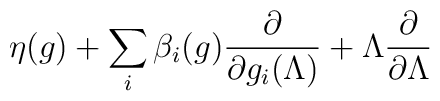
\eta(g)+\sum_i\beta_i(g)\frac{\partial }{\partial g_i(\Lambda)}+\Lambda\frac{\partial}{\partial \Lambda}